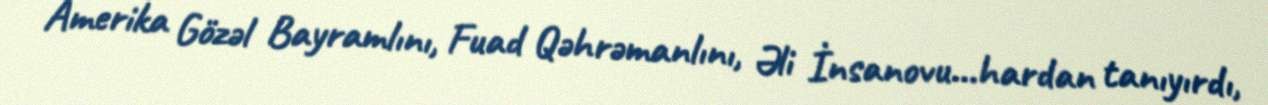
Amerika Gözəl Bayramlını, Fuad Qəhrəmanlını, Əli İnsanovu...hardan tanıyırdı,